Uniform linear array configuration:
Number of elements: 32
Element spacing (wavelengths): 1
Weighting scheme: exponential
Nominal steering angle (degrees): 60
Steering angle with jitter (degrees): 58.602
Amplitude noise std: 0.05
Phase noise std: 0.05

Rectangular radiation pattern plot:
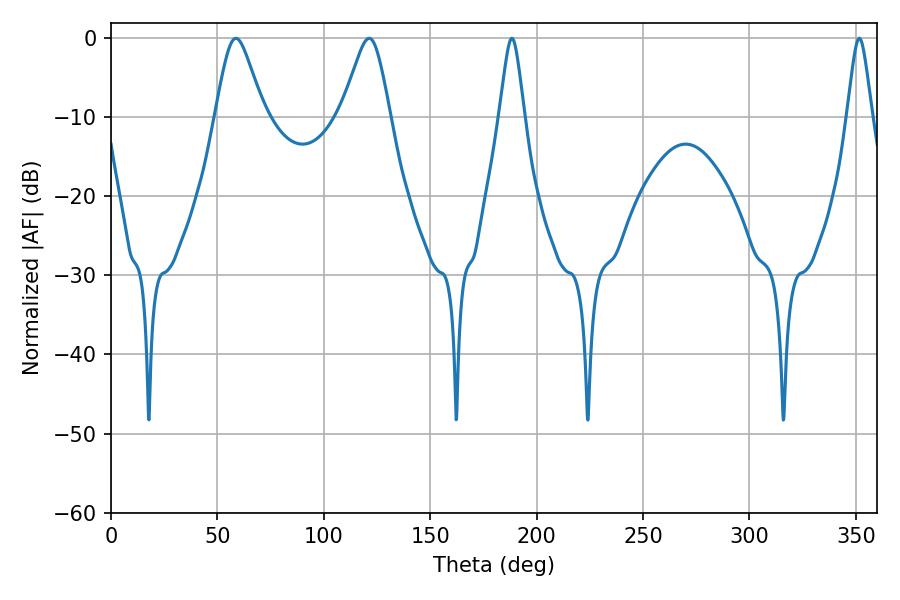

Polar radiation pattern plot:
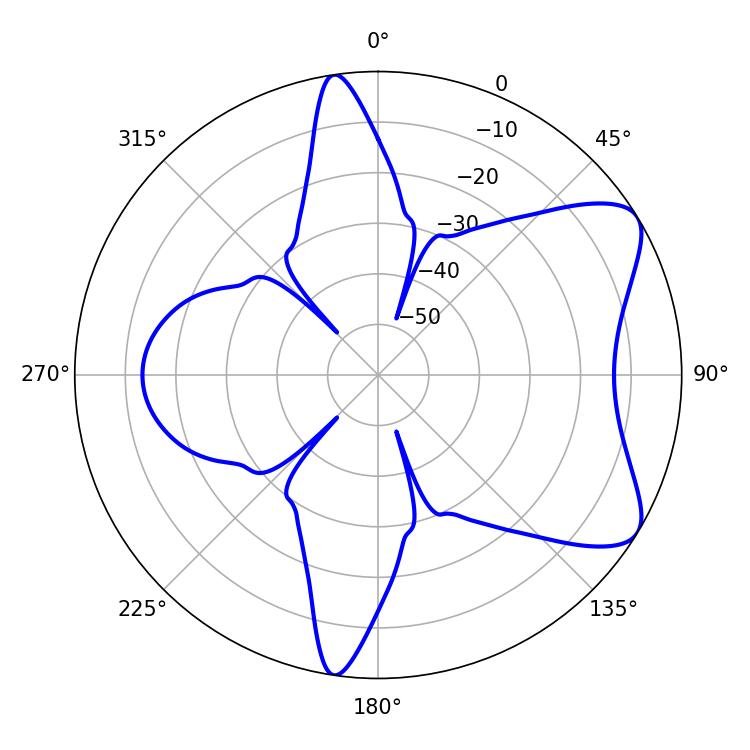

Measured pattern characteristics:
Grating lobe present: TRUE
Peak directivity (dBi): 7.391
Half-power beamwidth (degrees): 11.16
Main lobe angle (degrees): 58.68